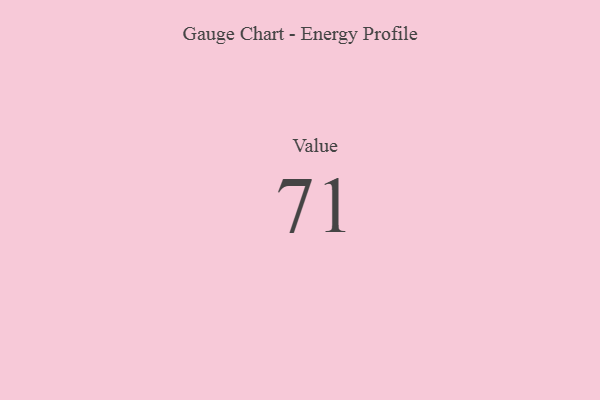
{"axis": {"x": "Metric", "y": "Value"}, "legend": [""], "data": [{"x": "Value", "y": 71, "type": ""}]}